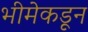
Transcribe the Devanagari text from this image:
भीमेकडून